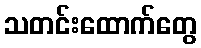
သတင်းထောက်တွေ